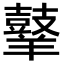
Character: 𪔙